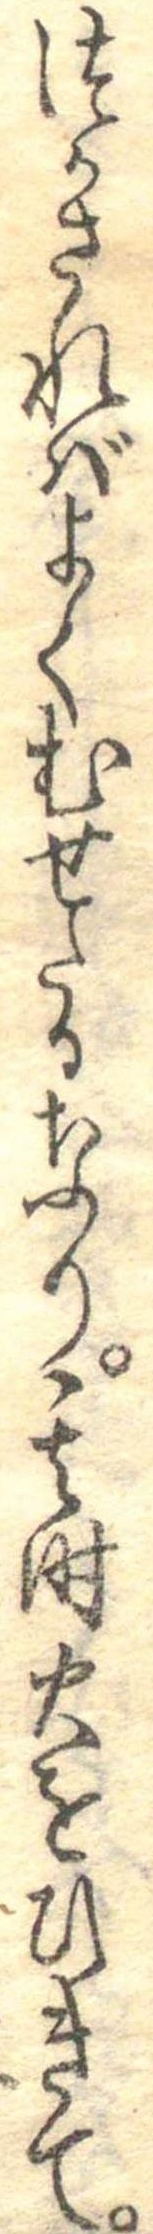
つかさればよくむせたるなり其時火をひきて